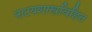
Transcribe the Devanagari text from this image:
नाटयशास्त्रविहित